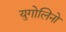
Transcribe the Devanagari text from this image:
युगोलिनो